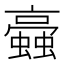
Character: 𧓂